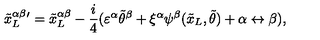
{ { \tilde { x } _ { L } } ^ { \alpha \beta } } { } ^ { \prime } = { { \tilde { x } _ { L } } ^ { \alpha \beta } } - \frac { i } { 4 } ( \varepsilon ^ { \alpha } { \tilde { \theta } } ^ { \beta } + \xi ^ { \alpha } \psi ^ { \beta } ( { \tilde { x } _ { L } } , { \tilde { \theta } } ) + \alpha \leftrightarrow \beta ) ,